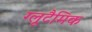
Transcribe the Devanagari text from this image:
ग्लूटैमिक